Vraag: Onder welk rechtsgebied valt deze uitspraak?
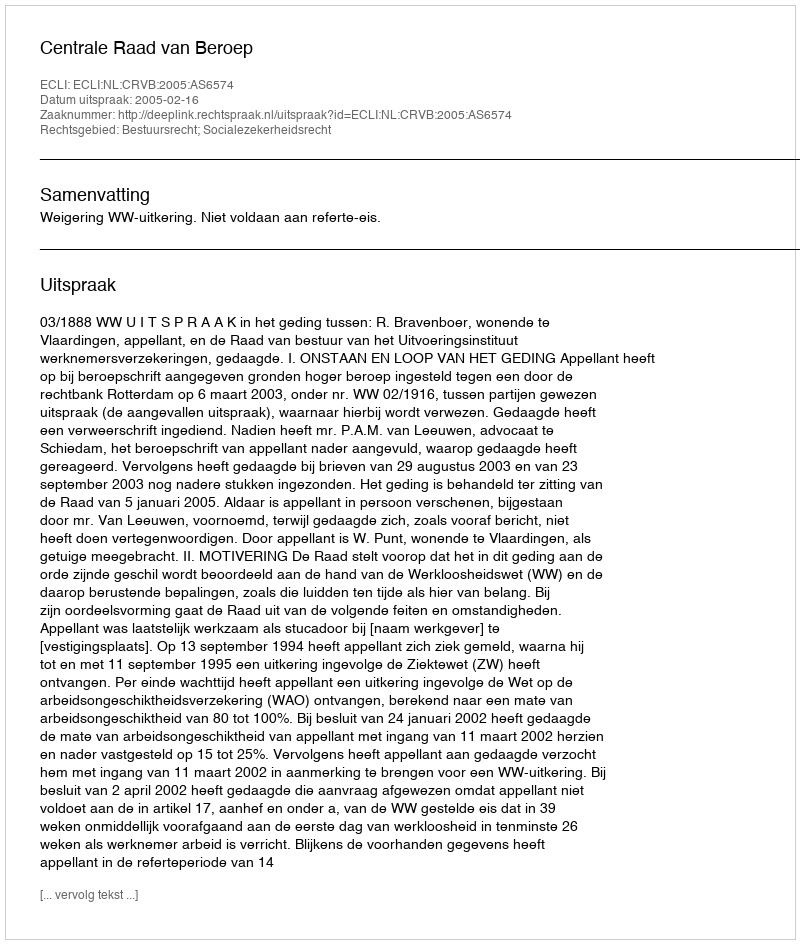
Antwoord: Bestuursrecht; Socialezekerheidsrecht